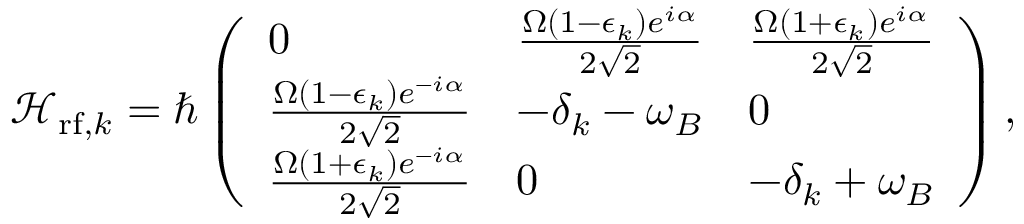
\mathcal { H } _ { \mathrm { r f } , k } = \hbar \left( \begin{array} { l l l } { 0 } & { \frac { \Omega ( 1 - \epsilon _ { k } ) e ^ { i \alpha } } { 2 \sqrt { 2 } } } & { \frac { \Omega ( 1 + \epsilon _ { k } ) e ^ { i \alpha } } { 2 \sqrt { 2 } } } \\ { \frac { \Omega ( 1 - \epsilon _ { k } ) e ^ { - i \alpha } } { 2 \sqrt { 2 } } } & { - \delta _ { k } - \omega _ { B } } & { 0 } \\ { \frac { \Omega ( 1 + \epsilon _ { k } ) e ^ { - i \alpha } } { 2 \sqrt { 2 } } } & { 0 } & { - \delta _ { k } + \omega _ { B } } \end{array} \right) ,